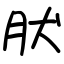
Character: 肰